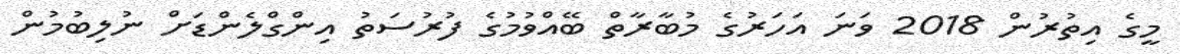
މީގެ އިތުރުން 2018 ވަނަ އަހަރުގެ މުބާރާތް ބޭއްވުމުގެ ފުރުސަތު އިންގްލެންޑަށް ނުލިބުމުން